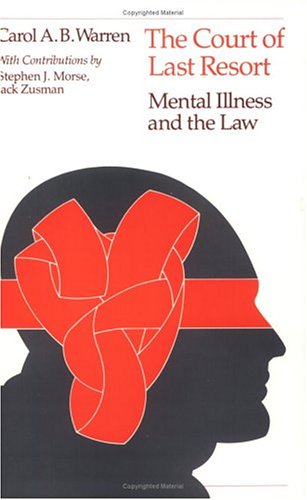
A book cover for Court of Last Resort: Mental Illness and the Law; Carol A. B. Warren; Law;